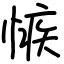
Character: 愱